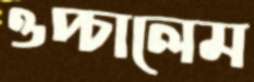
ওপ্‌চালেম